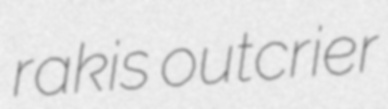
rakis outcrier